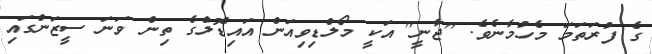
ގެ ފުރަތަމަ މެހުމާނެވެ. "ޖާނީ" އަކީ މޯލްޑިވިއަން އައިޑޮލްގެ ތިން ވަނަ ސީޒަންގައި